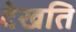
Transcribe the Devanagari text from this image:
देखति